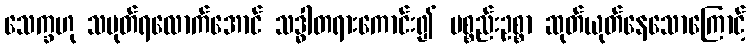
သေက္ခဟု သမုတ်ရလောက်အောင် သဒ္ဓါတရားကောင်း၍ ပစ္စည်းဥစ္စာ ဆုတ်ယုတ်နေသောကြောင့်